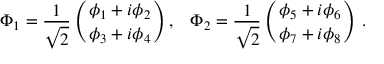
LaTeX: \Phi _ { 1 } = { \frac { 1 } { \sqrt { 2 } } } \left( { { \phi _ { 1 } + i \phi _ { 2 } \atop \phi _ { 3 } + i \phi _ { 4 } } } \right) , \; \; \; \Phi _ { 2 } = { \frac { 1 } { \sqrt { 2 } } } \left( { { \phi _ { 5 } + i \phi _ { 6 } \atop \phi _ { 7 } + i \phi _ { 8 } } } \right) \, .